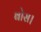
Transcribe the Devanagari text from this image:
बोस।